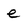
Character: e